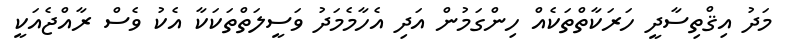
މަދު އިޤްތިސާދީ ހަރަކާތްތަކެއް ހިންގަމުން އަދި އެހާމެމަދު ވަސީލަތްތަކަކާ އެކު ވެސް ރާއްޖެއަކީ